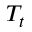
T _ { t }